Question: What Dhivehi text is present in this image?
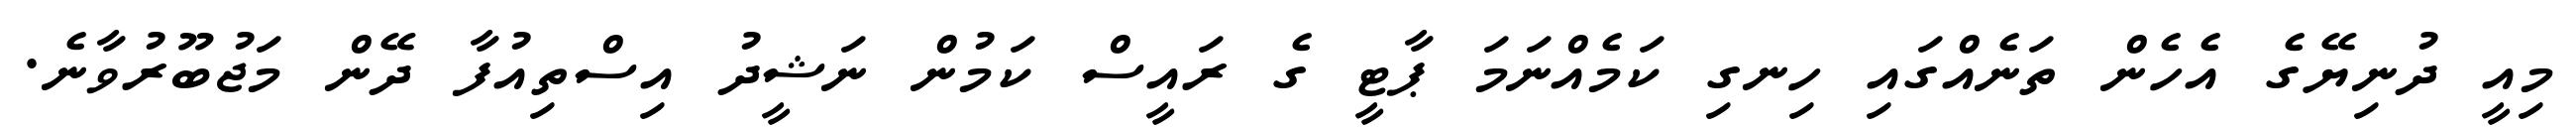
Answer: މިއީ ދުނިޔޭގެ އެހެން ތަނެއްގައި ހިނގި ކަމެއްނަމަ ޕާޓީ ގެ ރައީސް ކަމުން ނަޝީދު އިސްތިއުފާ ދޭން މަޖުބޫރުވާނެ.